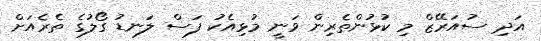
އަދި ސުއަރޭޒް މި ކުޅުންތެރިން ވަނީ މުޅިއެކު ފަސް ލަނޑު ގޯލުގެ ތެރެއަށް